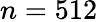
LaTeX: n=512